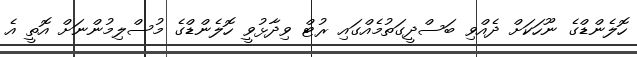
ހޮލެންޑްގެ ނޫހަކަށް ދެއްވި ބަސްދީގަތުމެއްގައި ރުޓް ވިދާޅުވީ ހޮލެންޑްގެ މުސްލިމުންނަށް އޮތީ އެ